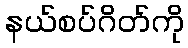
နယ်စပ်ဂိတ်ကို